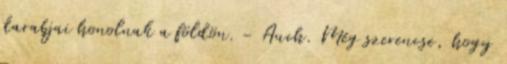
darabjai honolnak a földön. - Auch. Még szerencse, hogy